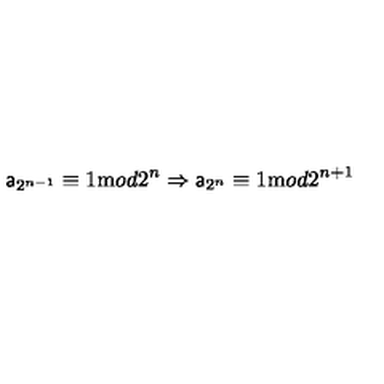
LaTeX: { \sf a } _ { 2 ^ { n - 1 } } \equiv 1 { \mathrm m o d } 2 ^ { n } \Rightarrow { \sf a } _ { 2 ^ { n } } \equiv 1 { \mathrm m o d } 2 ^ { n + 1 }